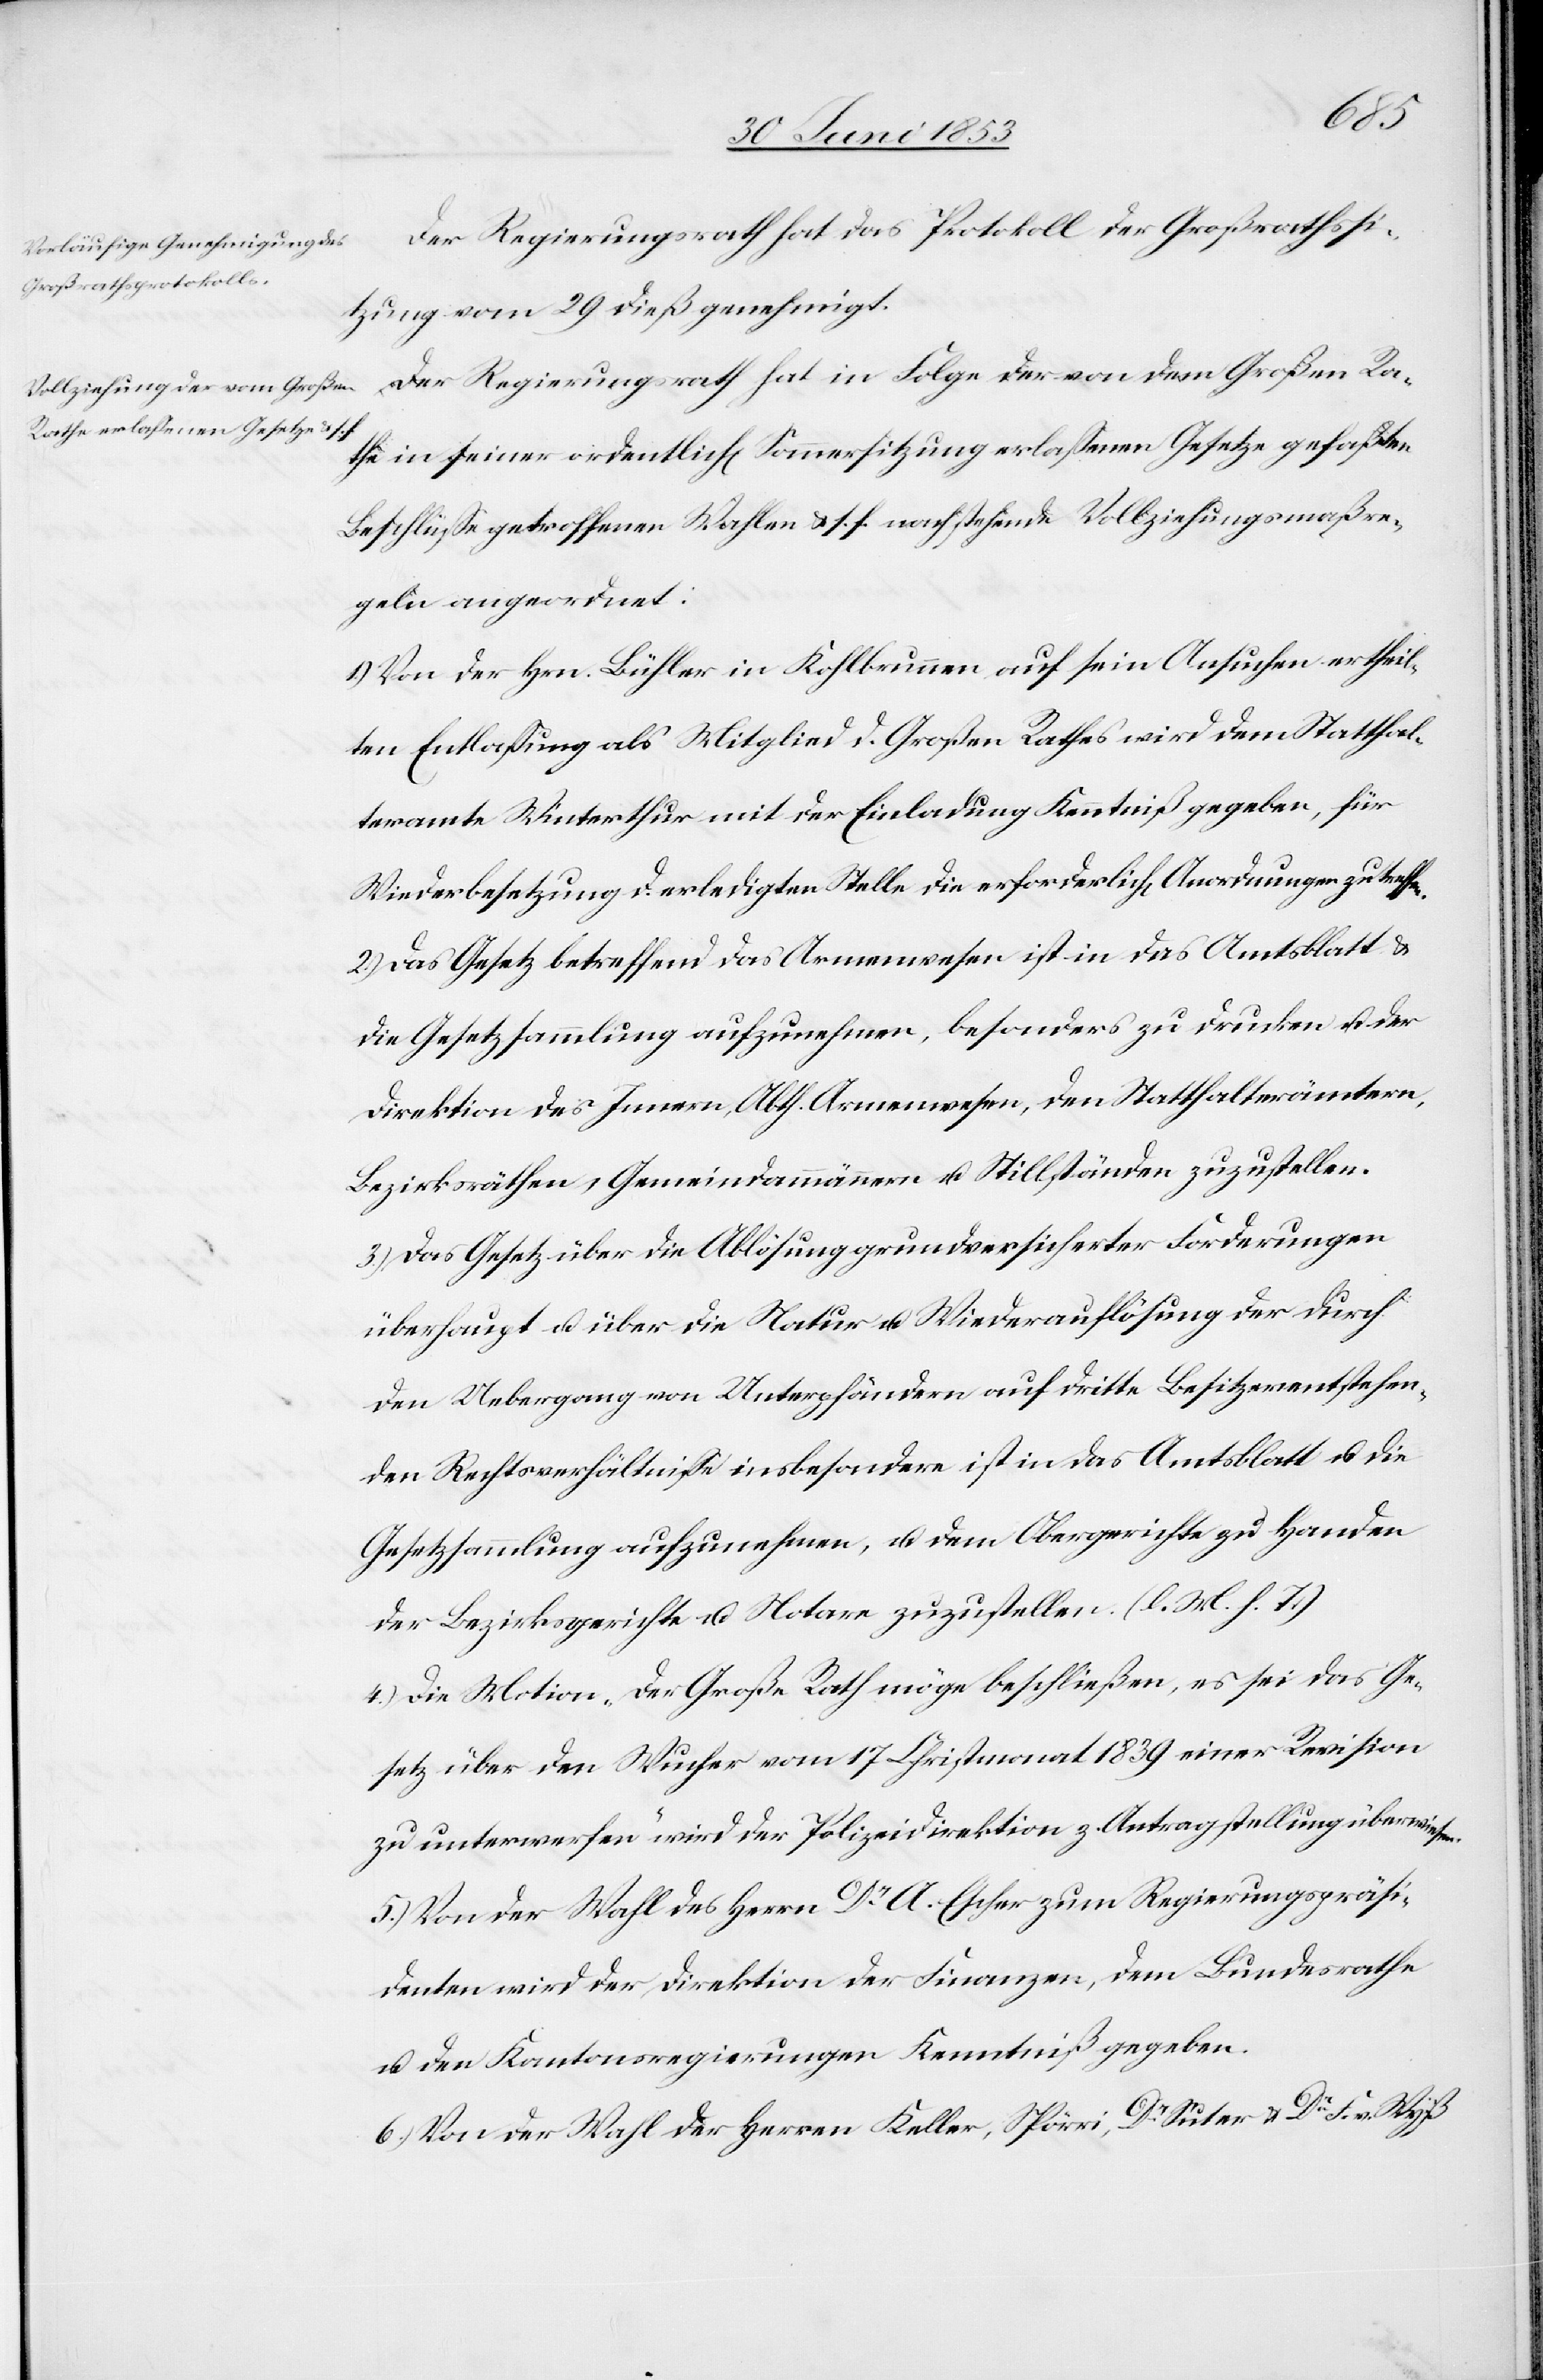
en.
Der Regierungsrath hat das Protokoll der Großrathssi¬
tzung vom 29 dieß genehmigt.
Der Regierungsrath hat in Folge der von dem Großen Ra¬
the in seiner ordentlich[en] Sommersitzung erlaßenen Gesetze gefaßten
Beschlüße getroffenen Wahlen u. s. f. nachstehende Vollziehungsmaßn¬
en angeordnet:
1.) Von der Hrn. Lüfler in Kohlbrunnen auf sein Ansuchen ertheil¬
ten Entlaßung als Mitglied d. Großen Rathes wird dem Statthal¬
teramte Winterthur mit der Einladung Kenntniß gegeben, für
Wiederbesetzung d. erledigten Stelle die erforderlich[en] Anordnungen zu treff¬
2.) Das Gesetz betreffend das Armenwesen ist in das Amtsblatt u.
die Gesetzsammlung aufzunehmen, besonders zu drucken u. der
Direktion des Innern, Abth. Armenwesen, den Statthalterämtern,
Bezirksräthen, Gemeindammann u. Stillständen zuzustellen.
3.) Das Gesetz über die Ablösung grundversicherter Forderungen
überhaupt u. über die Natur u. Wiederauflösung der durch
den Uebergang von Unterpfändern auf dritte Besitzer entstehen¬
den Rechtsverhältniße insbesondere ist in das Amtsblatt u. die
Gesetzsammlung aufzunehmen, u. dem Obergerichte zu Handen
der Bezirksgerichte u. Notare zuzustellen. [l. M. h. T.]
4.) Die Motion „Der Große Rath möge beschließen, es sei das Ge¬
setz über den Wucher vom 17 Christmonat 1839 einer Revision
zu unterwerfen“ wird der Polizeidirektion z. Antragstellung überwies¬
5.) Von der Wahl des Herrn Dr A. Escher zum Regierungspräsi¬
denten wird der Direktion der Finanzen, dem Bundesrathe
u. den Kantonsregierungen Kenntniß gegeben.
6.) Von der Wahl der Herrn Keller, Spöri, Dr Suter u. Dr F. v. Wyß